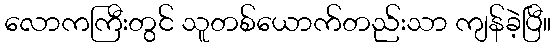
လောကကြီးတွင် သူတစ်ယောက်တည်းသာ ကျန်ခဲ့ပြီ။